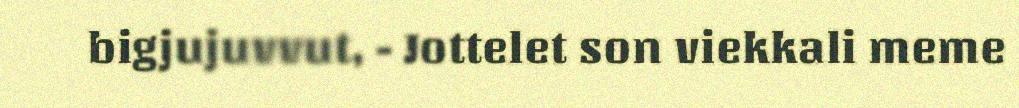
bigjujuvvut, - Jottelet son viekkali meme